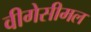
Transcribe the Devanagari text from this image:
वीगेसीमल